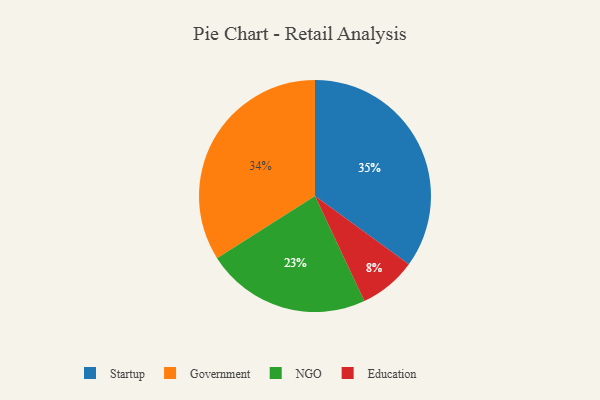
{"axis": {"x": "Category", "y": "Percentage"}, "legend": ["Education", "Government", "NGO", "Startup"], "data": [{"x": "Education", "y": 8, "type": "Education"}, {"x": "NGO", "y": 23, "type": "NGO"}, {"x": "Startup", "y": 35, "type": "Startup"}, {"x": "Government", "y": 34, "type": "Government"}]}